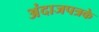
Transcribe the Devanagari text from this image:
अंदाजपत्रके